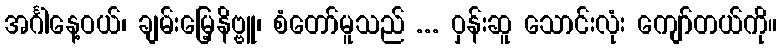
အင်္ဂါနေ့ဝယ်၊ ချမ်းမြေ့နိဗ္ဗူ၊ စံတော်မူသည် ... ဝှန်းဆူ သောင်းလုံး ကျော်တယ်ကို။